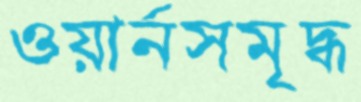
ওয়ার্নসমৃদ্ধ